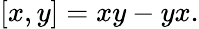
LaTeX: [x,y]=xy-yx.